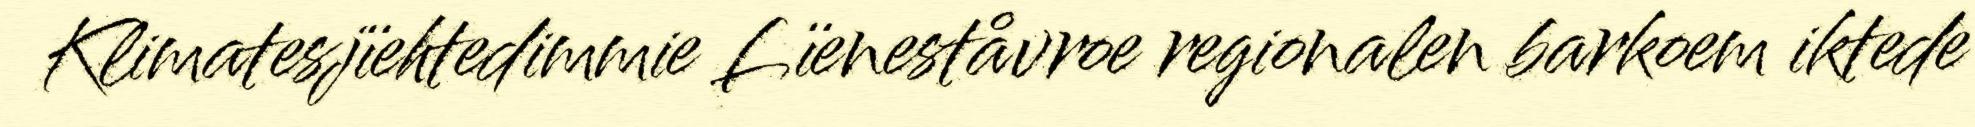
Klimatesjïehtedimmie Lïeneståvroe regionalen barkoem iktede